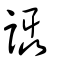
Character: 讘